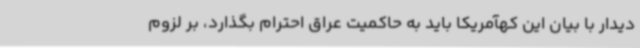
دیدار با بیان این کهآمریکا باید به حاکمیت عراق احترام بگذارد، بر لزوم